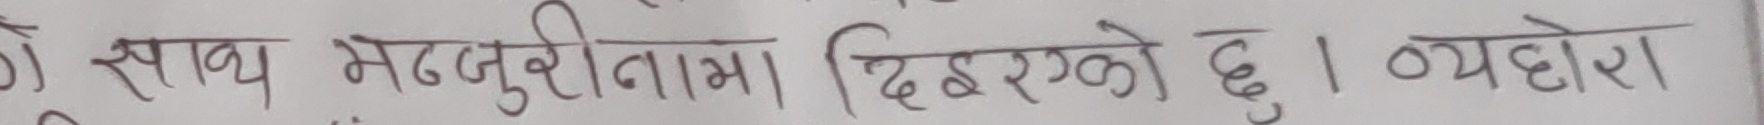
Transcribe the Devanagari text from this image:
साथ मञ्जुरीनामा दिइएको छु। व्यहोरा